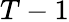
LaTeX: T-1